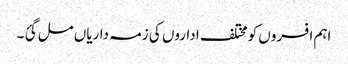
اہم افسروں کو مختلف اداروں کی زمہ داریاں مل گئ ۔